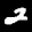
Label: 2